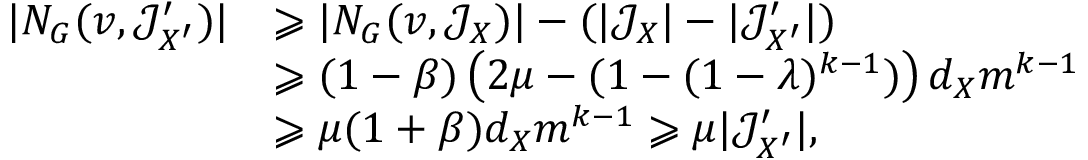
\begin{array} { r l } { | N _ { G } ( v , \mathcal { J } _ { X ^ { \prime } } ^ { \prime } ) | } & { \geqslant | N _ { G } ( v , \mathcal { J } _ { X } ) | - ( | \mathcal { J } _ { X } | - | \mathcal { J } _ { X ^ { \prime } } ^ { \prime } | ) } \\ & { \geqslant ( 1 - \beta ) \left( 2 \mu - ( 1 - ( 1 - \lambda ) ^ { k - 1 } ) \right) d _ { X } m ^ { k - 1 } } \\ & { \geqslant \mu ( 1 + \beta ) d _ { X } m ^ { k - 1 } \geqslant \mu | \mathcal { J } _ { X ^ { \prime } } ^ { \prime } | , } \end{array}